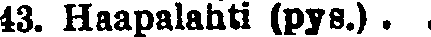
43. Haapalahti (pys.).